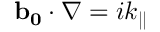
\mathbf { b _ { 0 } } \cdot \nabla = i k _ { | | }